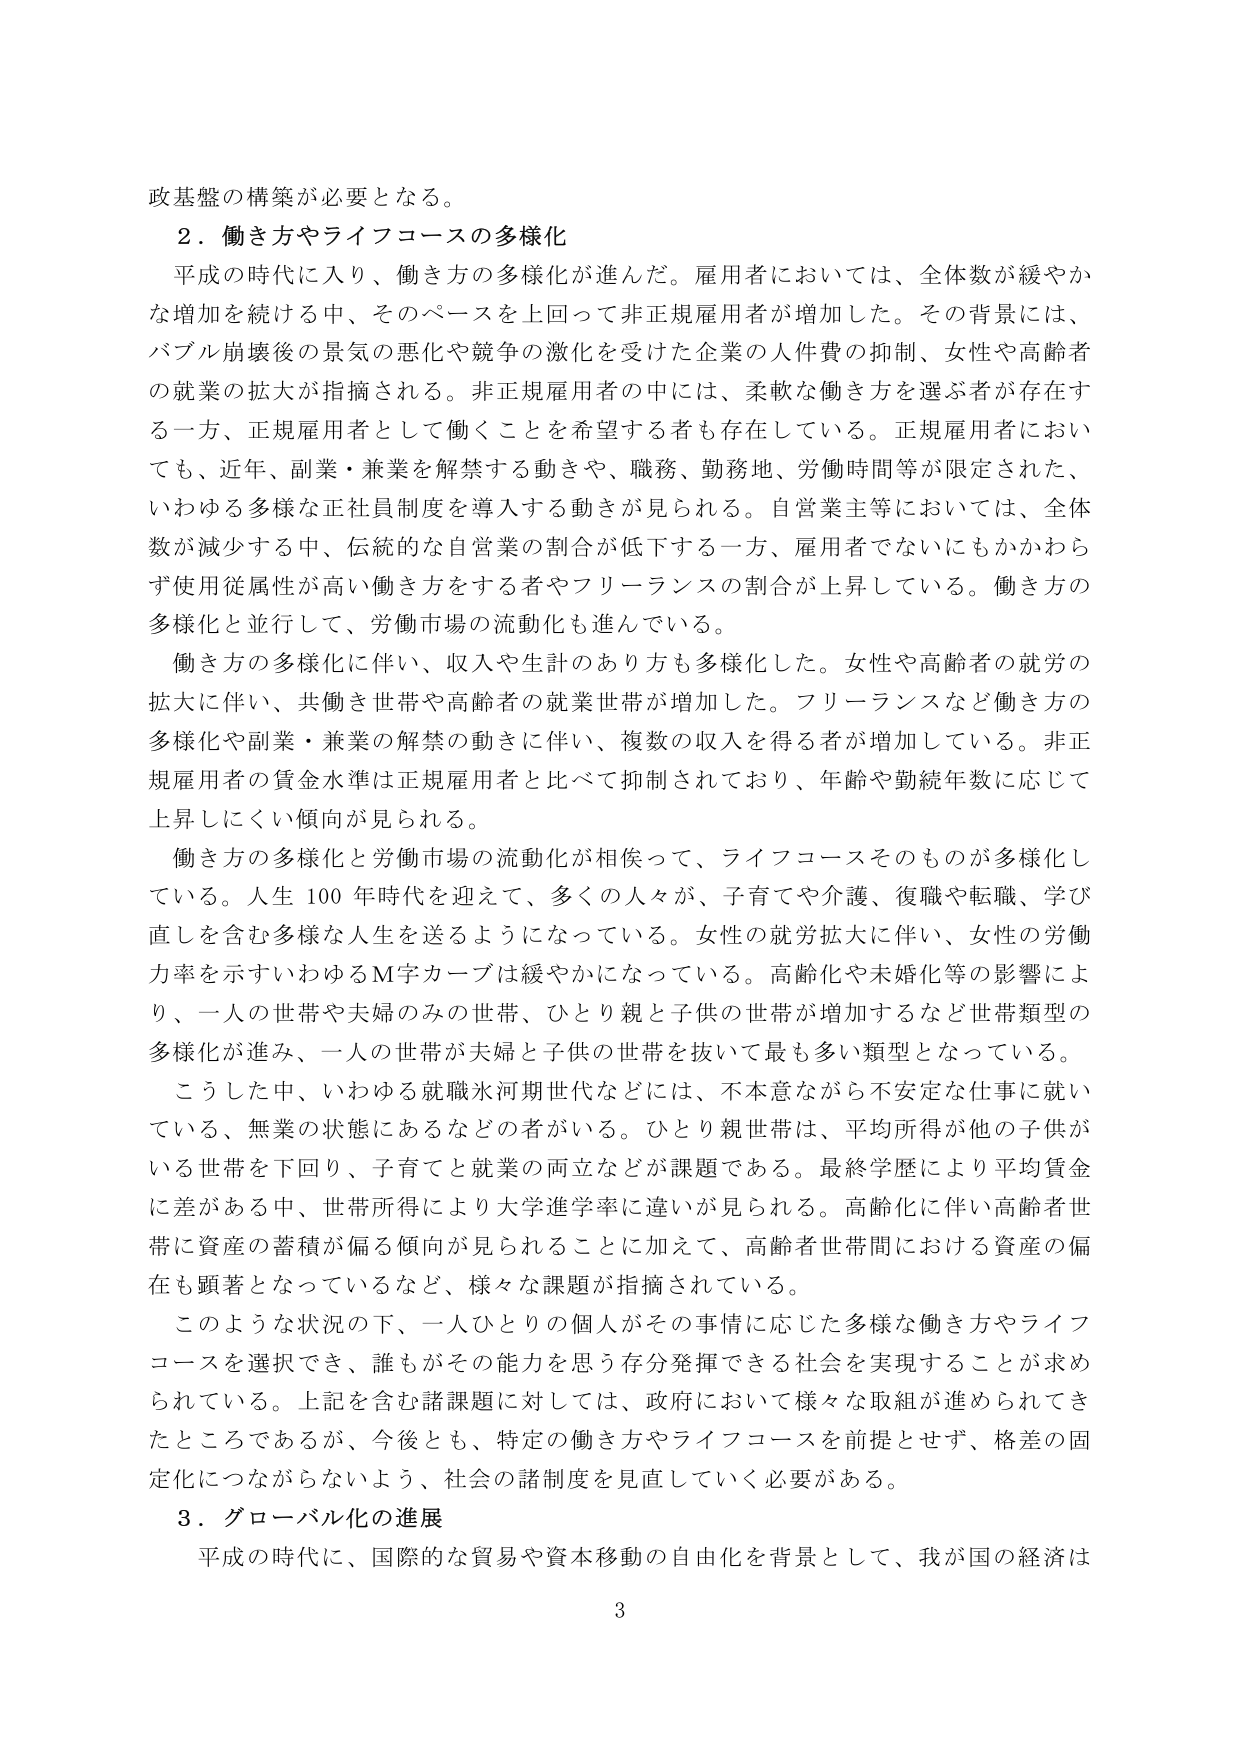
政基盤の構築が必要となる。

２．働き方やライフコースの多様化

平成の時代に入り、働き方の多様化が進んだ。雇用者においては、全体数が緩やかな増加を続ける中、そのペースを上回って非正規雇用者が増加した。その背景には、バブル崩壊後の景気の悪化や競争の激化を受けた企業の人件費の抑制、女性や高齢者の就業の拡大が指摘される。非正規雇用者の中には、柔軟な働き方を選べる者が存在する一方、正規雇用者として働くことを希望する者も存在している。正規雇用者においても、近年、副業・兼業を解禁する動きや、職務、勤務地、労働時間等が限定された、いわゆる多様な正社員制度を導入する動きが見られる。自営業主等においては、全体数が減少する中、伝統的な自営業の割合が低下する一方、雇用者でないにもかかわらず使用従属性が高い働き方をする者やフリーランスの割合が上昇している。働き方の多様化と並行して、労働市場の流動化も進んでいる。

働き方の多様化に伴い、収入や生計のあり方も多様化した。女性や高齢者の就労の拡大に伴い、共働き世帯や高齢者の就業世帯が増加した。フリーランスなど働き方の多様化や副業・兼業の解禁の動きに伴い、複数の収入を得る者が増加している。非正規雇用者の賃金水準は正規雇用者と比べて抑制されており、年齢や勤続年数に応じて上昇しにくい傾向が見られる。

働き方の多様化と労働市場の流動化が相俟って、ライフコースそのものが多様化している。人生100年時代を迎えて、多くの人々が、子育てや介護、復職や転職、学び直しを含む多様な人生を送るようになっている。女性の就労拡大に伴い、女性の労働力率を示すいわゆるM字カーブは緩やかになっている。高齢化や未婚化等の影響により、一人の世帯や夫婦のみの世帯、ひとり親と子供の世帯が増加するなど世帯類型の多様化が進み、一人の世帯が夫婦と子供の世帯を抜いて最も多い類型となっている。

こうした中、いわゆる就職氷河期世代などには、不本意ながら不安定な仕事に就いている、無業の状態にあるなどの者がいる。ひとり親世帯は、平均所得が他の子供がいる世帯を下回り、子育てと就業の両立などが課題である。最終学歴により平均賃金に差がある中、世帯所得により大学進学率に違いが見られる。高齢化に伴い高齢者世帯に資産の蓄積が偏る傾向が見られることに加えて、高齢者世帯間における資産の偏在も顕著となっているなど、様々な課題が指摘されている。

このような状況の下、一人ひとりの個人がその事情に応じた多様な働き方やライフコースを選択でき、誰もがその能力を思う存分発揮できる社会を実現することが求められている。上記を含む諸課題に対しては、政府において様々な取組が進められてきたところであるが、今後とも、特定の働き方やライフコースを前提とせず、格差の固定化につながらないよう、社会の諸制度を見直していく必要がある。

３．グローバル化の進展

平成の時代に、国際的な貿易や資本移動の自由化を背景として、我が国の経済は

3